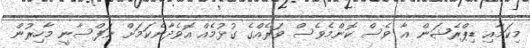
މިކަމާއި ޑިޕްރެޝަން އާ ވެސް ކޮންމެވެސް ވަރެއްގެ ގުޅުމެއް އޮވެދާނެކަމަށް ނަފްސާނީ މާހިރުން